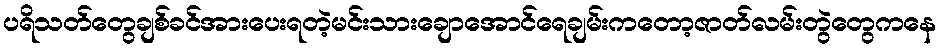
ပရိသတ်တွေချစ်ခင်အားပေးရတဲ့မင်းသားချောအောင်ရေချမ်းကတော့ဇာတ်လမ်းတွဲတွေကနေ